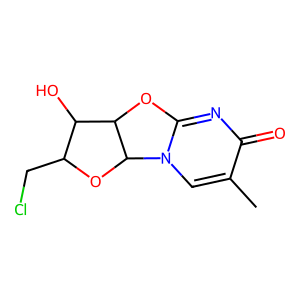
SMILES: Cc1cn2c(nc1=O)OC1C(O)C(CCl)OC12
Inhibits HIV replication: No